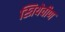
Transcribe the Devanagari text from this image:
स्त्रियेवीण